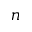
n